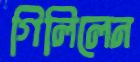
গিলিলেন